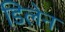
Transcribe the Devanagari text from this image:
डिलेन